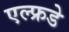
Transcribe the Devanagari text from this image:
एल्फ्रडे